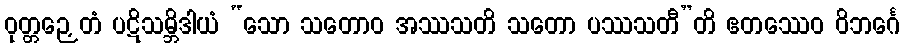
ဝုတ္တဉှေတံ ပဋိသမ္ဘိဒါယံ “သော သတောဝ အဿသတိ သတော ပဿသတီ”တိ ဧတဿေဝ ဝိဘင်္ဂေ